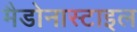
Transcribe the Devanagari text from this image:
मैडोनास्टाइल